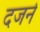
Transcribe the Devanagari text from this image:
दजर्न